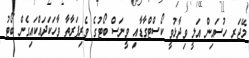
މޭޖަރ ހުސައިން އަލީ ވިދާޅުވީ ކޯސްޓްގާޑާއި ވީނަސް ބޯޓުގެ ވެރިފަރާތާ ވާހަކަދައްކައިގެން ބޯޓު